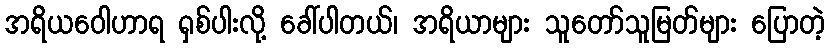
အရိယဝေါဟာရ ရှစ်ပါးလို့ ခေါ်ပါတယ်၊ အရိယာများ သူတော်သူမြတ်များ ပြောတဲ့